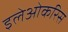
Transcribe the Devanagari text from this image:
इलेओकरिस